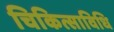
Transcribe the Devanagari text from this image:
चिकित्साविधि